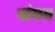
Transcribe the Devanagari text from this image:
वांमय